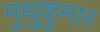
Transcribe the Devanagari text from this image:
मुथुकुमार